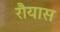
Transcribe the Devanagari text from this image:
रौयास